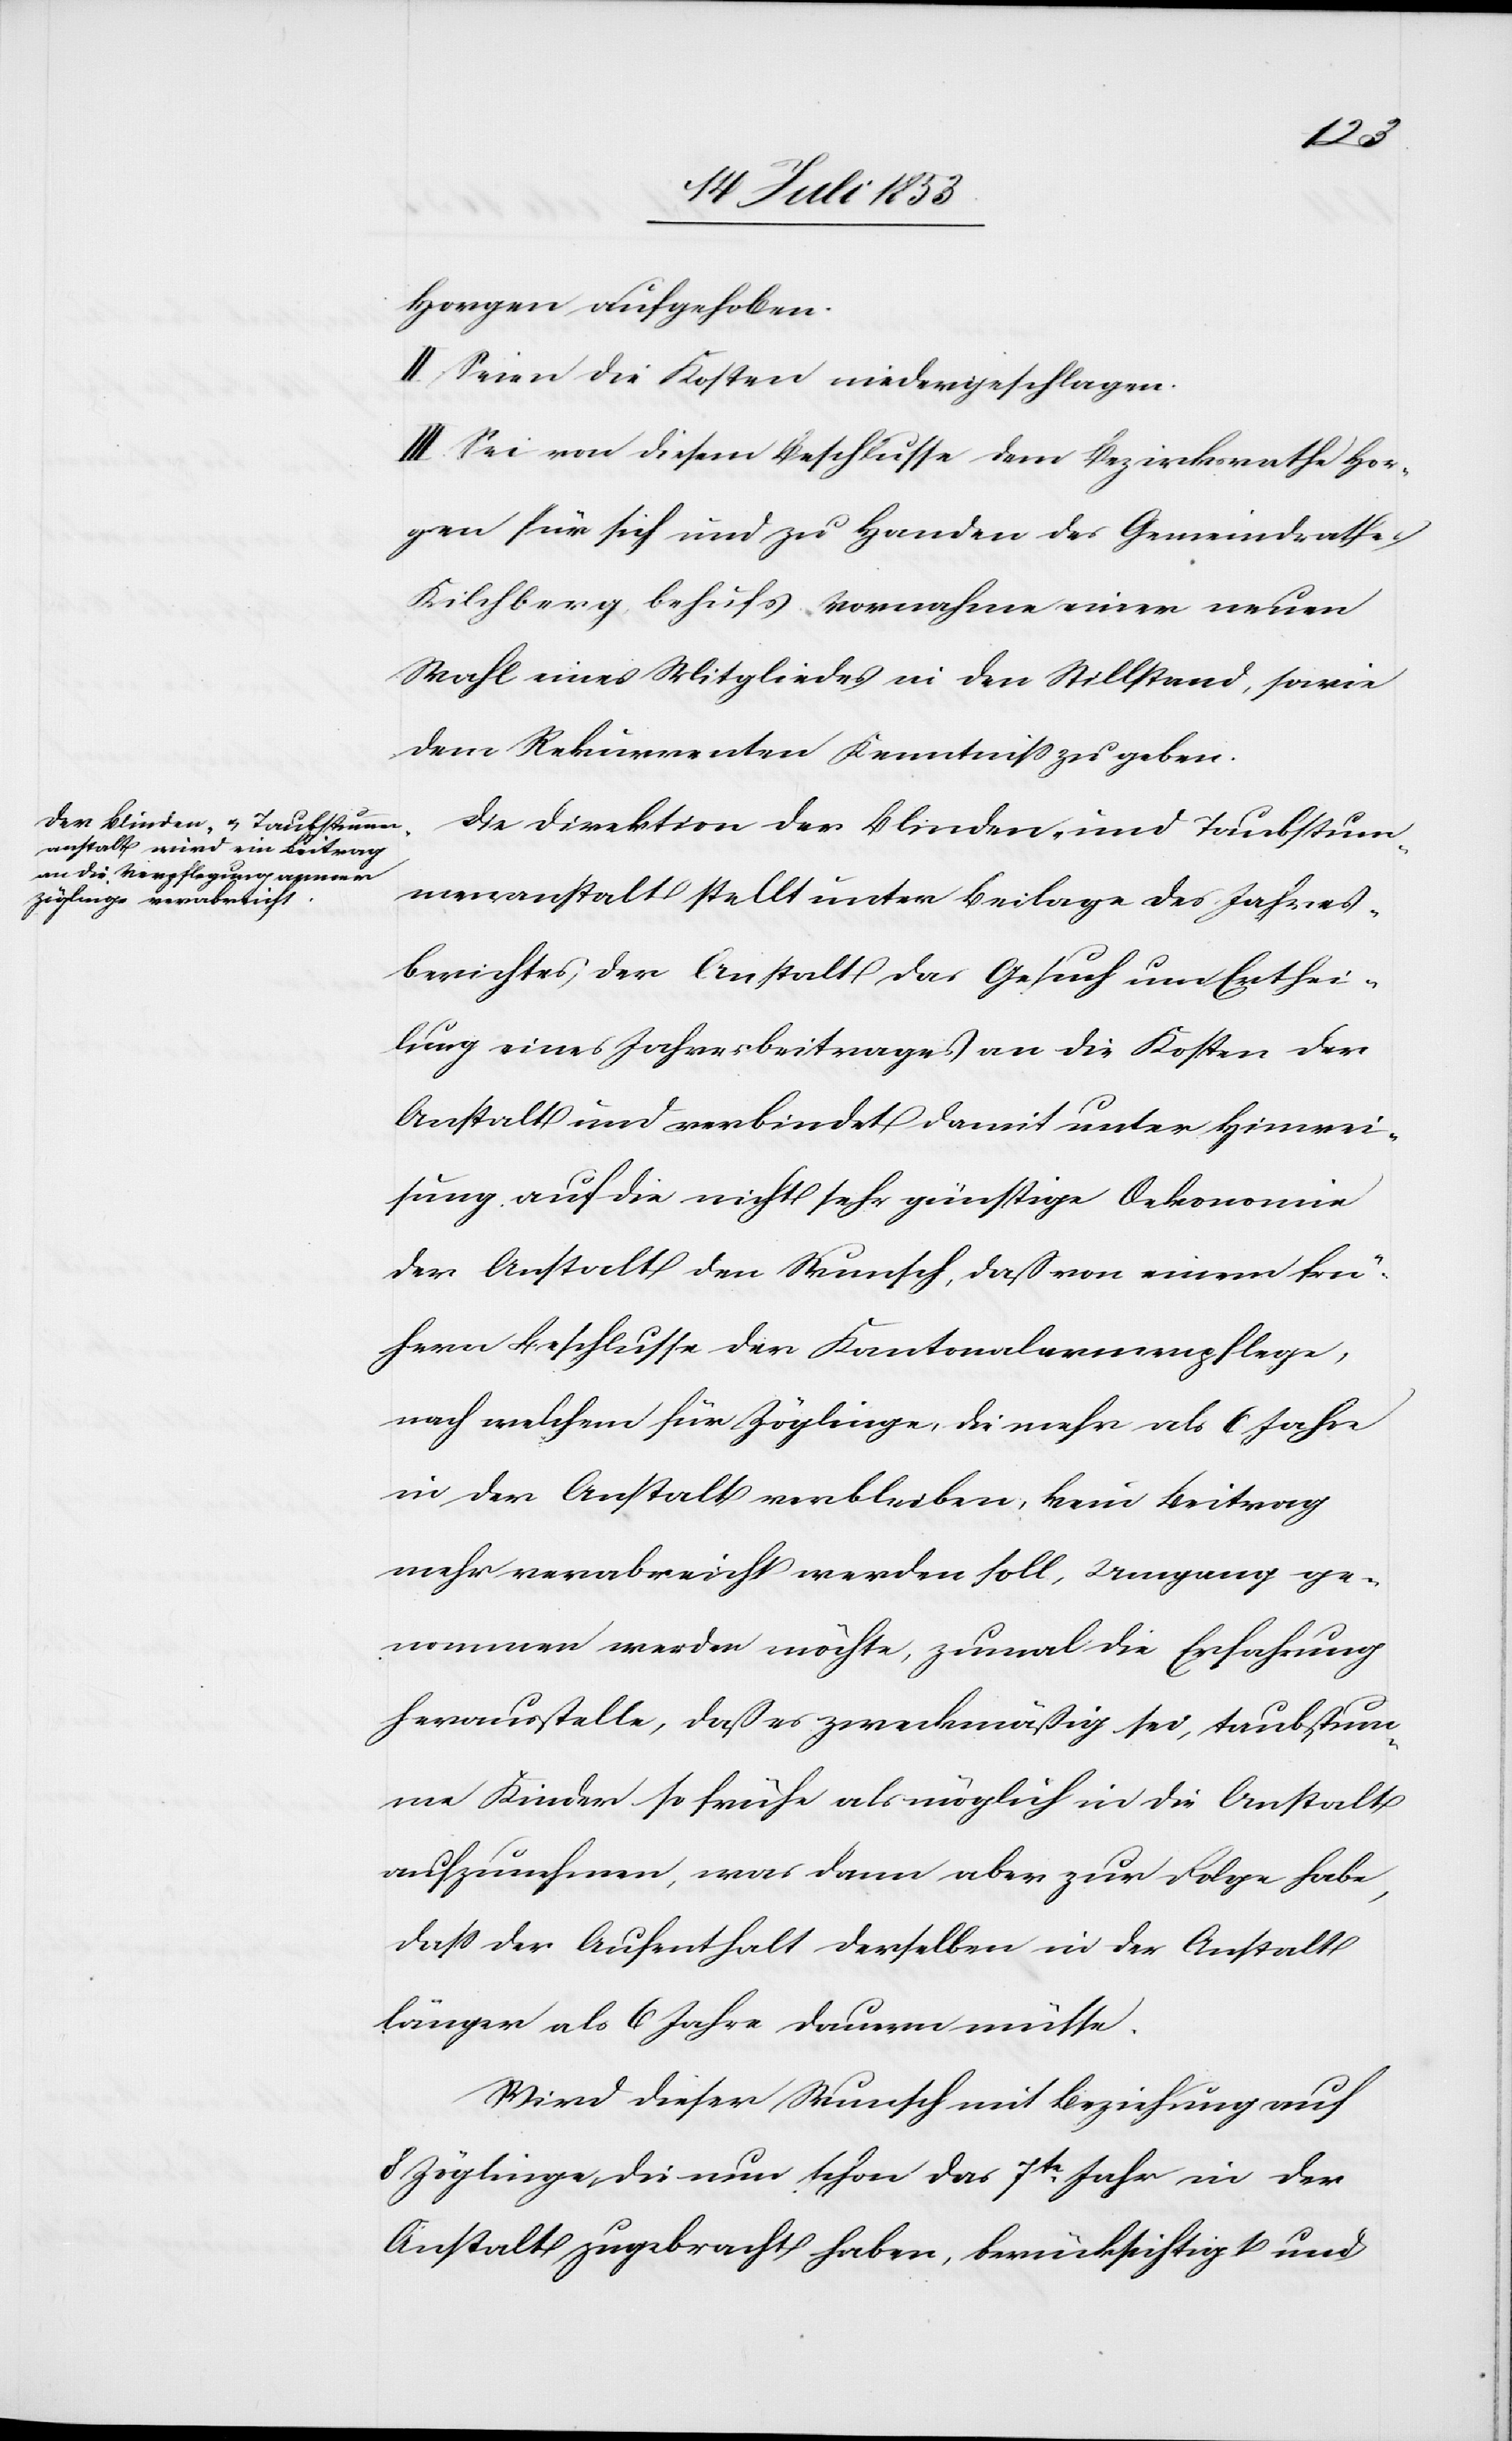
Horgen aufgehoben.
II. Seien die Kosten niedergeschlagen.
III. Sei von diesem Beschlusse dem Bezirksrathe Hor¬
gen für sich und zu Handen des Gemeindrathes
Kilchberg behufs Vornahme einer neuen
Wahl eines Mitgliedes in den Stillstand, sowie
dem Rekurrenten Kenntniß zu geben.
Die Direktion der Blinden- und Taubstum¬
menanstalt stellt unter Beilage des Jahres¬
berichtes der Anstalt das Gesuch um Erthei¬
lung eines Jahresbeitrages an die Kosten der
Anstalt und verbindet damit unter Hinwei¬
sung auf die nicht sehr günstige Oekonomie
der Anstalt den Wunsch, daß von einem frü¬
hern Beschlusse der Kantonalarmenpflege,
nach welchem für Zöglinge, die mehr als 6 Jahre
in der Anstalt verbleiben, kein Beitrag
mehr verabreicht werden soll, Umgang ge¬
nommen werden möchte, zumal die Erfahrung
herausstelle, daß es zweckmäßig sei, taubstum¬
me Kinder so frühe als möglich in die Anstalt
aufzunehmen, was dann aber zur Folge habe,
daß der Aufenthalt derselben in der Anstalt
länger als 6 Jahre dauern müsse.
Wird dieser Wunsch mit Beziehung auf
8 Jünglinge, die nun schon das 7te Jahr in der
Anstalt zugebracht haben, berücksichtigt und